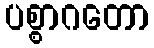
ပစ္စာဂတော